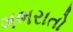
ગભરાતો